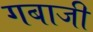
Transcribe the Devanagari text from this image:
गबाजी